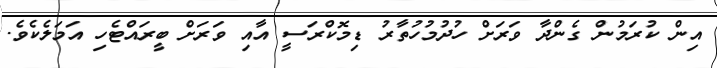
އިން ކުރަމުން ގެންދާ ވަރަށް ހުދުމުހުތާރު ޑިމޮކްރަސީ އާއި ވަރަށް ބީރައްޓެހި އަމަލެކެވެ.